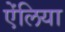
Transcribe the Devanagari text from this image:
ऐंलिया